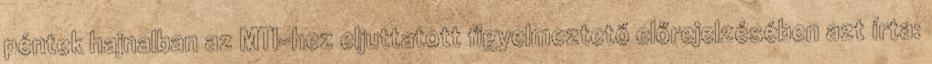
péntek hajnalban az MTI-hez eljuttatott figyelmeztető előrejelzésében azt írta: